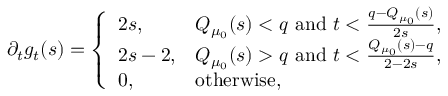
\partial _ { t } g _ { t } ( s ) = \left\{ \begin{array} { l l } { 2 s , } & { Q _ { \mu _ { 0 } } ( s ) < q \mathrm { ~ a n d ~ } t < \frac { q - Q _ { \mu _ { 0 } } ( s ) } { 2 s } , } \\ { 2 s - 2 , } & { Q _ { \mu _ { 0 } } ( s ) > q \mathrm { ~ a n d ~ } t < \frac { Q _ { \mu _ { 0 } } ( s ) - q } { 2 - 2 s } , } \\ { 0 , } & { \mathrm { o t h e r w i s e , } } \end{array} \right.